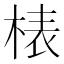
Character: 𣓻